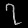
Digit: ၇